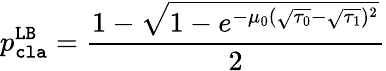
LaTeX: p_{\mathtt{cla}}^{\mathtt{LB}}=\frac{1-\sqrt{1-e^{-\mu_{0}(\sqrt{\tau_{0}}-\sqrt{\tau_{1}})^{2}}}}{2}